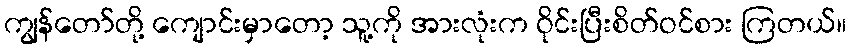
ကျွန်တော်တို့ ကျောင်းမှာတော့ သူ့ကို အားလုံးက ဝိုင်းပြီးစိတ်ဝင်စား ကြတယ်။